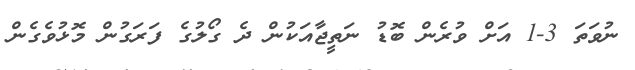
ނުވަތަ 3-1 އަށް ވުރެން ބޮޑު ނަތީޖާއަކުން ދެ ގޯލުގެ ފަރަގުން މޮޅުވެގެން